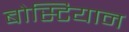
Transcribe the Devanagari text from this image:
बोस्टियान